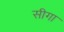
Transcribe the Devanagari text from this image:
सीगा